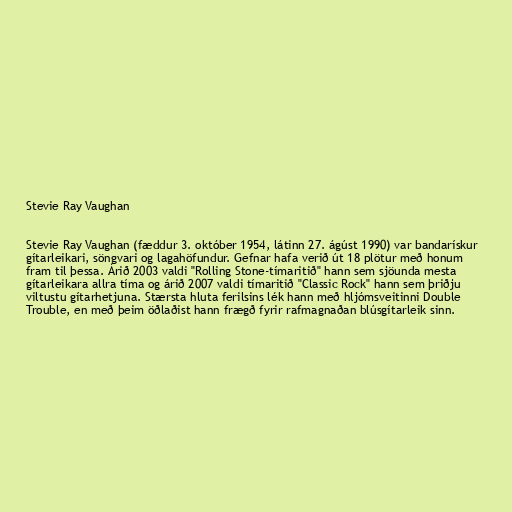
Stevie Ray Vaughan

Stevie Ray Vaughan (fæddur 3. október 1954, látinn 27. ágúst 1990) var bandarískur
gítarleikari, söngvari og lagahöfundur. Gefnar hafa verið út 18 plötur með honum
fram til þessa. Árið 2003 valdi "Rolling Stone-tímaritið" hann sem sjöunda mesta
gítarleikara allra tíma og árið 2007 valdi tímaritið "Classic Rock" hann sem þriðju
viltustu gítarhetjuna. Stærsta hluta ferilsins lék hann með hljómsveitinni Double
Trouble, en með þeim öðlaðist hann frægð fyrir rafmagnaðan blúsgítarleik sinn.